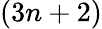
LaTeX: (3n+2)